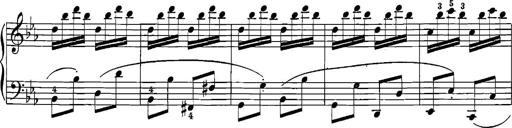
Title: 12 Sonatinas
Composer: Ignaz Pleyel